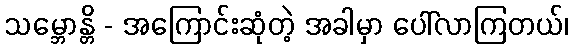
သမ္ဘောန္တိ - အကြောင်းဆုံတဲ့ အခါမှာ ပေါ်လာကြတယ်၊